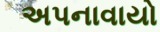
અપનાવાયો